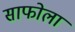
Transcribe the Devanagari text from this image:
साफोला